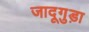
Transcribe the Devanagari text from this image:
जादूगुड़ा